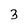
Character: 3